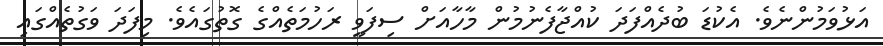
އަޅުވަމުންނެވެ. އެކުޑަ ބުދެއްފަދަ ކުއްޖާފެނުމުން މާހާއަށް ސިފަވީ ރަހުމަތެއްގެ ގޮތުގައެވެ. މިފަދަ ވަގުތެއްގައި